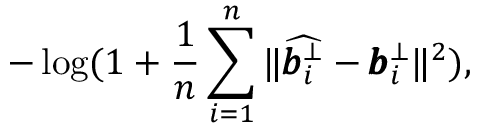
- \log ( 1 + \frac { 1 } { n } \sum _ { i = 1 } ^ { n } { \| \widehat { \pmb { b } _ { i } ^ { \bot } } - \pmb { b } _ { i } ^ { \bot } \| ^ { 2 } } ) ,